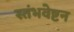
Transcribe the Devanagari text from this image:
स्तंभवेष्टन